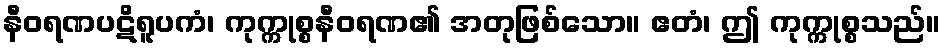
နီဝရဏပဋိရူပကံ၊ ကုက္ကုစ္စနီဝရဏ၏ အတုဖြစ်သော။ ဧတံ၊ ဤ ကုက္ကုစ္စသည်။